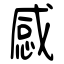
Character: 感